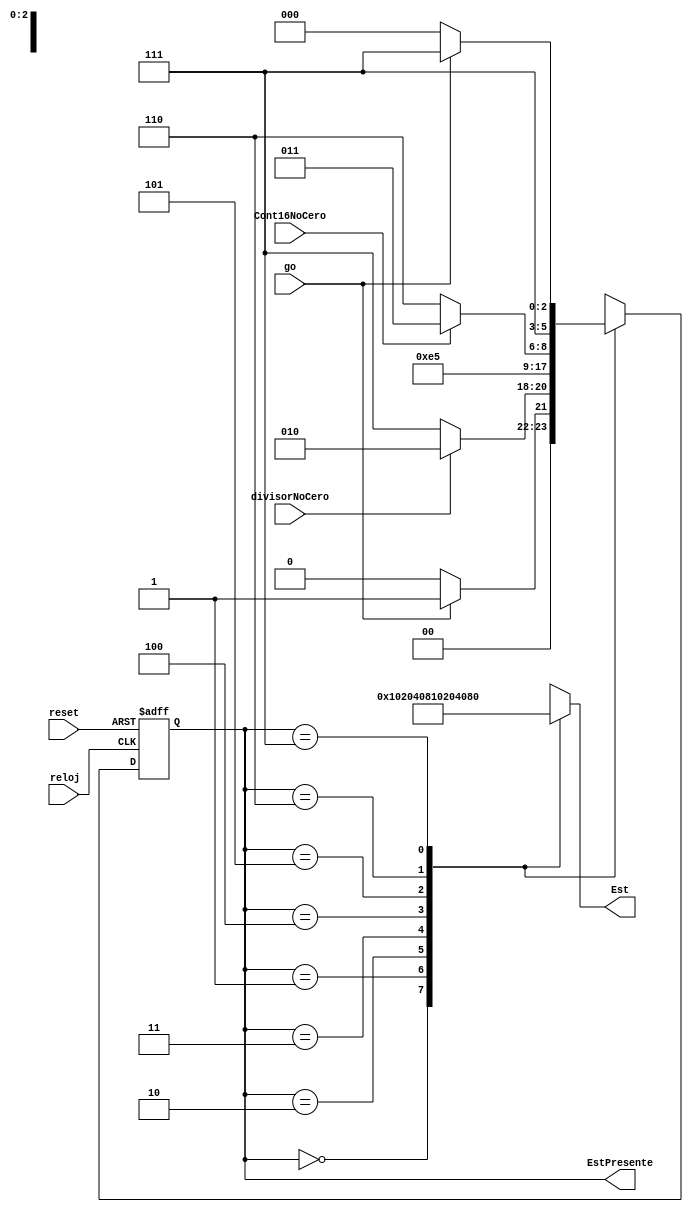
module MaquinaEstados (go, Cont16NoCero, divisorNoCero, reloj, reset, Est, EstPresente);
  input go, Cont16NoCero, divisorNoCero, reloj, reset;
  output [2:0]  EstPresente;
  reg    [2:0]  EstPresente,
		  ProximoEst;

  output [7:0] Est;
  reg    [7:0] Est;  //Salidas indicando el estado de la maquina

  parameter ESTADO_0   = 3'b000,   //Estados de la maquina de estados
            ESTADO_1   = 3'b001,
            ESTADO_2   = 3'b010,
            ESTADO_3   = 3'b011,
            ESTADO_4   = 3'b100,
            ESTADO_5   = 3'b101,
            ESTADO_6   = 3'b110,
            ESTADO_7   = 3'b111;

//Actualizar el registro de estado con el reloj o senal de reset
always @(negedge reloj or negedge reset)
  begin
    if (~reset)
      EstPresente <= ESTADO_0;
    else
      EstPresente <= ProximoEst;
  end

always @(EstPresente or go or Cont16NoCero or divisorNoCero)
	begin
		case(EstPresente)
			ESTADO_0: begin
                            Est <= 8'b00000001;
				if (go)
					ProximoEst <= ESTADO_1;
				else
					ProximoEst <= ESTADO_0;
			end

			ESTADO_1: begin
                            Est <= 8'b00000010;
				if (divisorNoCero)
					ProximoEst <= ESTADO_2;
				else
					ProximoEst <= ESTADO_7;
			end

			ESTADO_2: begin
                            Est <= 8'b00000100;
				ProximoEst <= ESTADO_3;
			end

			ESTADO_3: begin
                            Est <= 8'b00001000;
				ProximoEst <= ESTADO_4;
			end

			ESTADO_4: begin
                            Est <= 8'b00010000;
				ProximoEst <= ESTADO_5;
			end

			ESTADO_5: begin
                            Est <= 8'b00100000;
				if (Cont16NoCero)
					ProximoEst <= ESTADO_3;
				else
					ProximoEst <= ESTADO_6;
			end

			ESTADO_6: begin
                            Est <= 8'b01000000;
				ProximoEst <= ESTADO_7;
			end

			ESTADO_7: begin
                            Est <= 8'b10000000;
				if (go)
					ProximoEst <= ESTADO_7;
				else
					ProximoEst <= ESTADO_0;
			end

			default: begin
                            Est <= 8'b00000001;
				ProximoEst <= ESTADO_0;
                    end
		endcase
	end

endmodule